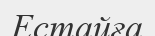
Естайға